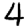
Digit: 4